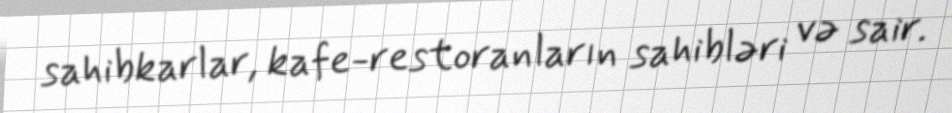
sahibkarlar, kafe-restoranların sahibləri və sair.